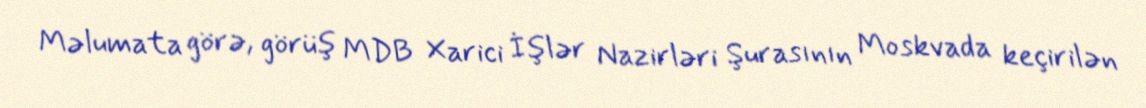
Məlumata görə, görüş MDB Xarici İşlər Nazirləri Şurasının Moskvada keçirilən